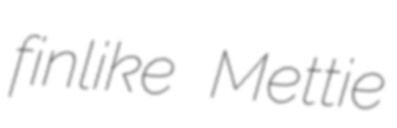
finlike Mettie